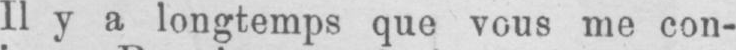
Il y a longtemps que vous me con-